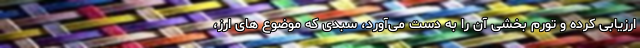
ارزیابی کرده و تورم بخشی آن را به دست می‌آورد، سبدی که موضوع های ارز،